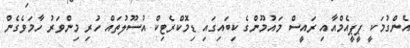
އެންގުމަކީ ޕީޕީއެމްއާއި ރައީސް މައުމޫންގެ ކިބައިގައި ޑިމޮކްރެޓިކް އުސޫލުތައް ހުރި މިންވަރު ހާމަވެގެން